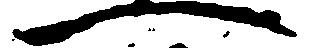
一